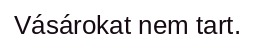
Vásárokat nem tart.